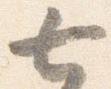
七